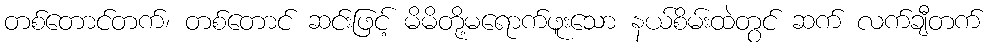
တစ်တောင်တက်၊ တစ်တောင် ဆင်းဖြင့် မိမိတို့မရောက်ဖူးသော နယ်စိမ်းထဲတွင် ဆက် လက်ချီတက်